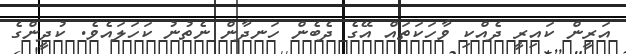
އަރީން ކައިރީ ދެއްކި ވާހަކަތައް އޭގެ ދެބެން ހަނދާން ނެތުނު ކަހަލައެވެ. ކުދީންގެ